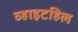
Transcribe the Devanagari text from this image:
व्हाइटहिल